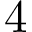
4